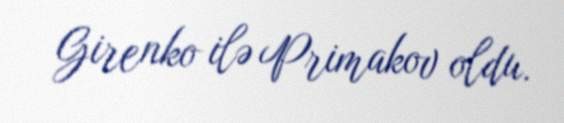
Girenko ilə Primakov oldu.